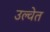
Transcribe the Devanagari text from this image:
उल्वेत